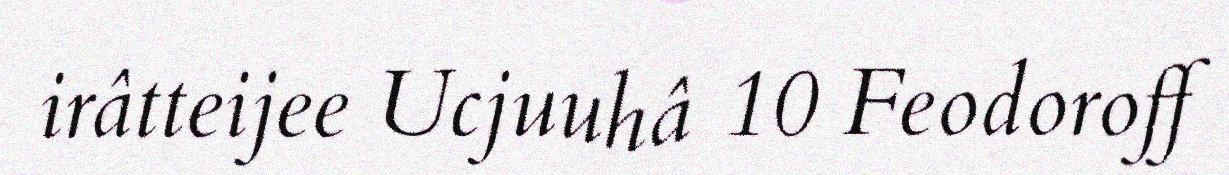
irâtteijee Ucjuuhâ 10 Feodoroff